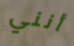
أنني